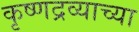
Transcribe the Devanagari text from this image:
कृष्णद्रव्याच्या